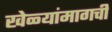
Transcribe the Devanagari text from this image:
खेळ्यांमागची